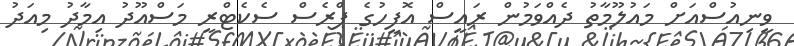
ވީނިއުސްއަށް މައުލޫމާތު ދެއްވަމުން ރައީސް އޮފީހުގެ ޕްރެސް ސެކެޓްރީ މަސްއޫދު އިމާދު މިއަދު